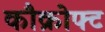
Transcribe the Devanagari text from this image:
कौक्रोफ्ट